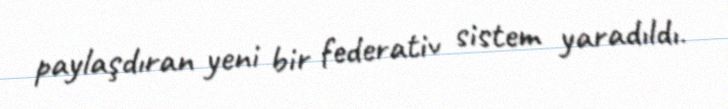
paylaşdıran yeni bir federativ sistem yaradıldı.